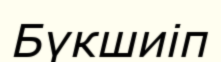
Бүкшиіп